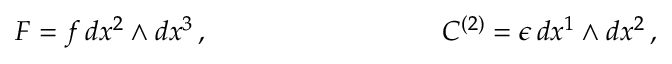
F = f \, d x ^ { 2 } \wedge d x ^ { 3 } \, , \ \ \ \ \ \ \ \ \ \ \ \ \ \ \ \ \ \ \ \ \ \ \ \ \, \ C ^ { \left( 2 \right) } = \epsilon \, d x ^ { 1 } \wedge d x ^ { 2 } \, ,